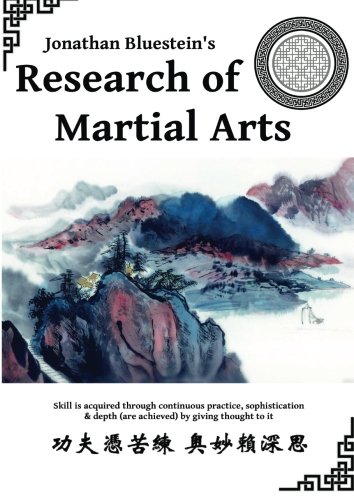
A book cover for Research of Martial Arts; Jonathan Bluestein Shifu; Sports & Outdoors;